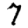
Digit: 7